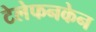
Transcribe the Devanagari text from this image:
टेलेफनकेन